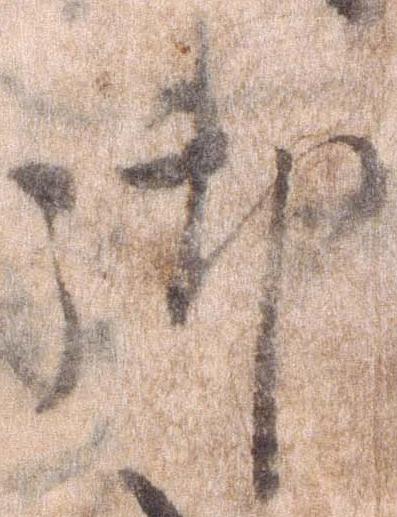
御